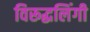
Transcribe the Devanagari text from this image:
विरूद्धलिंगी